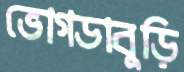
ভোগডাবুড়ি